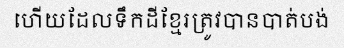
ហើយដែលទឹកដីខ្មែរត្រូវបានបាត់បង់